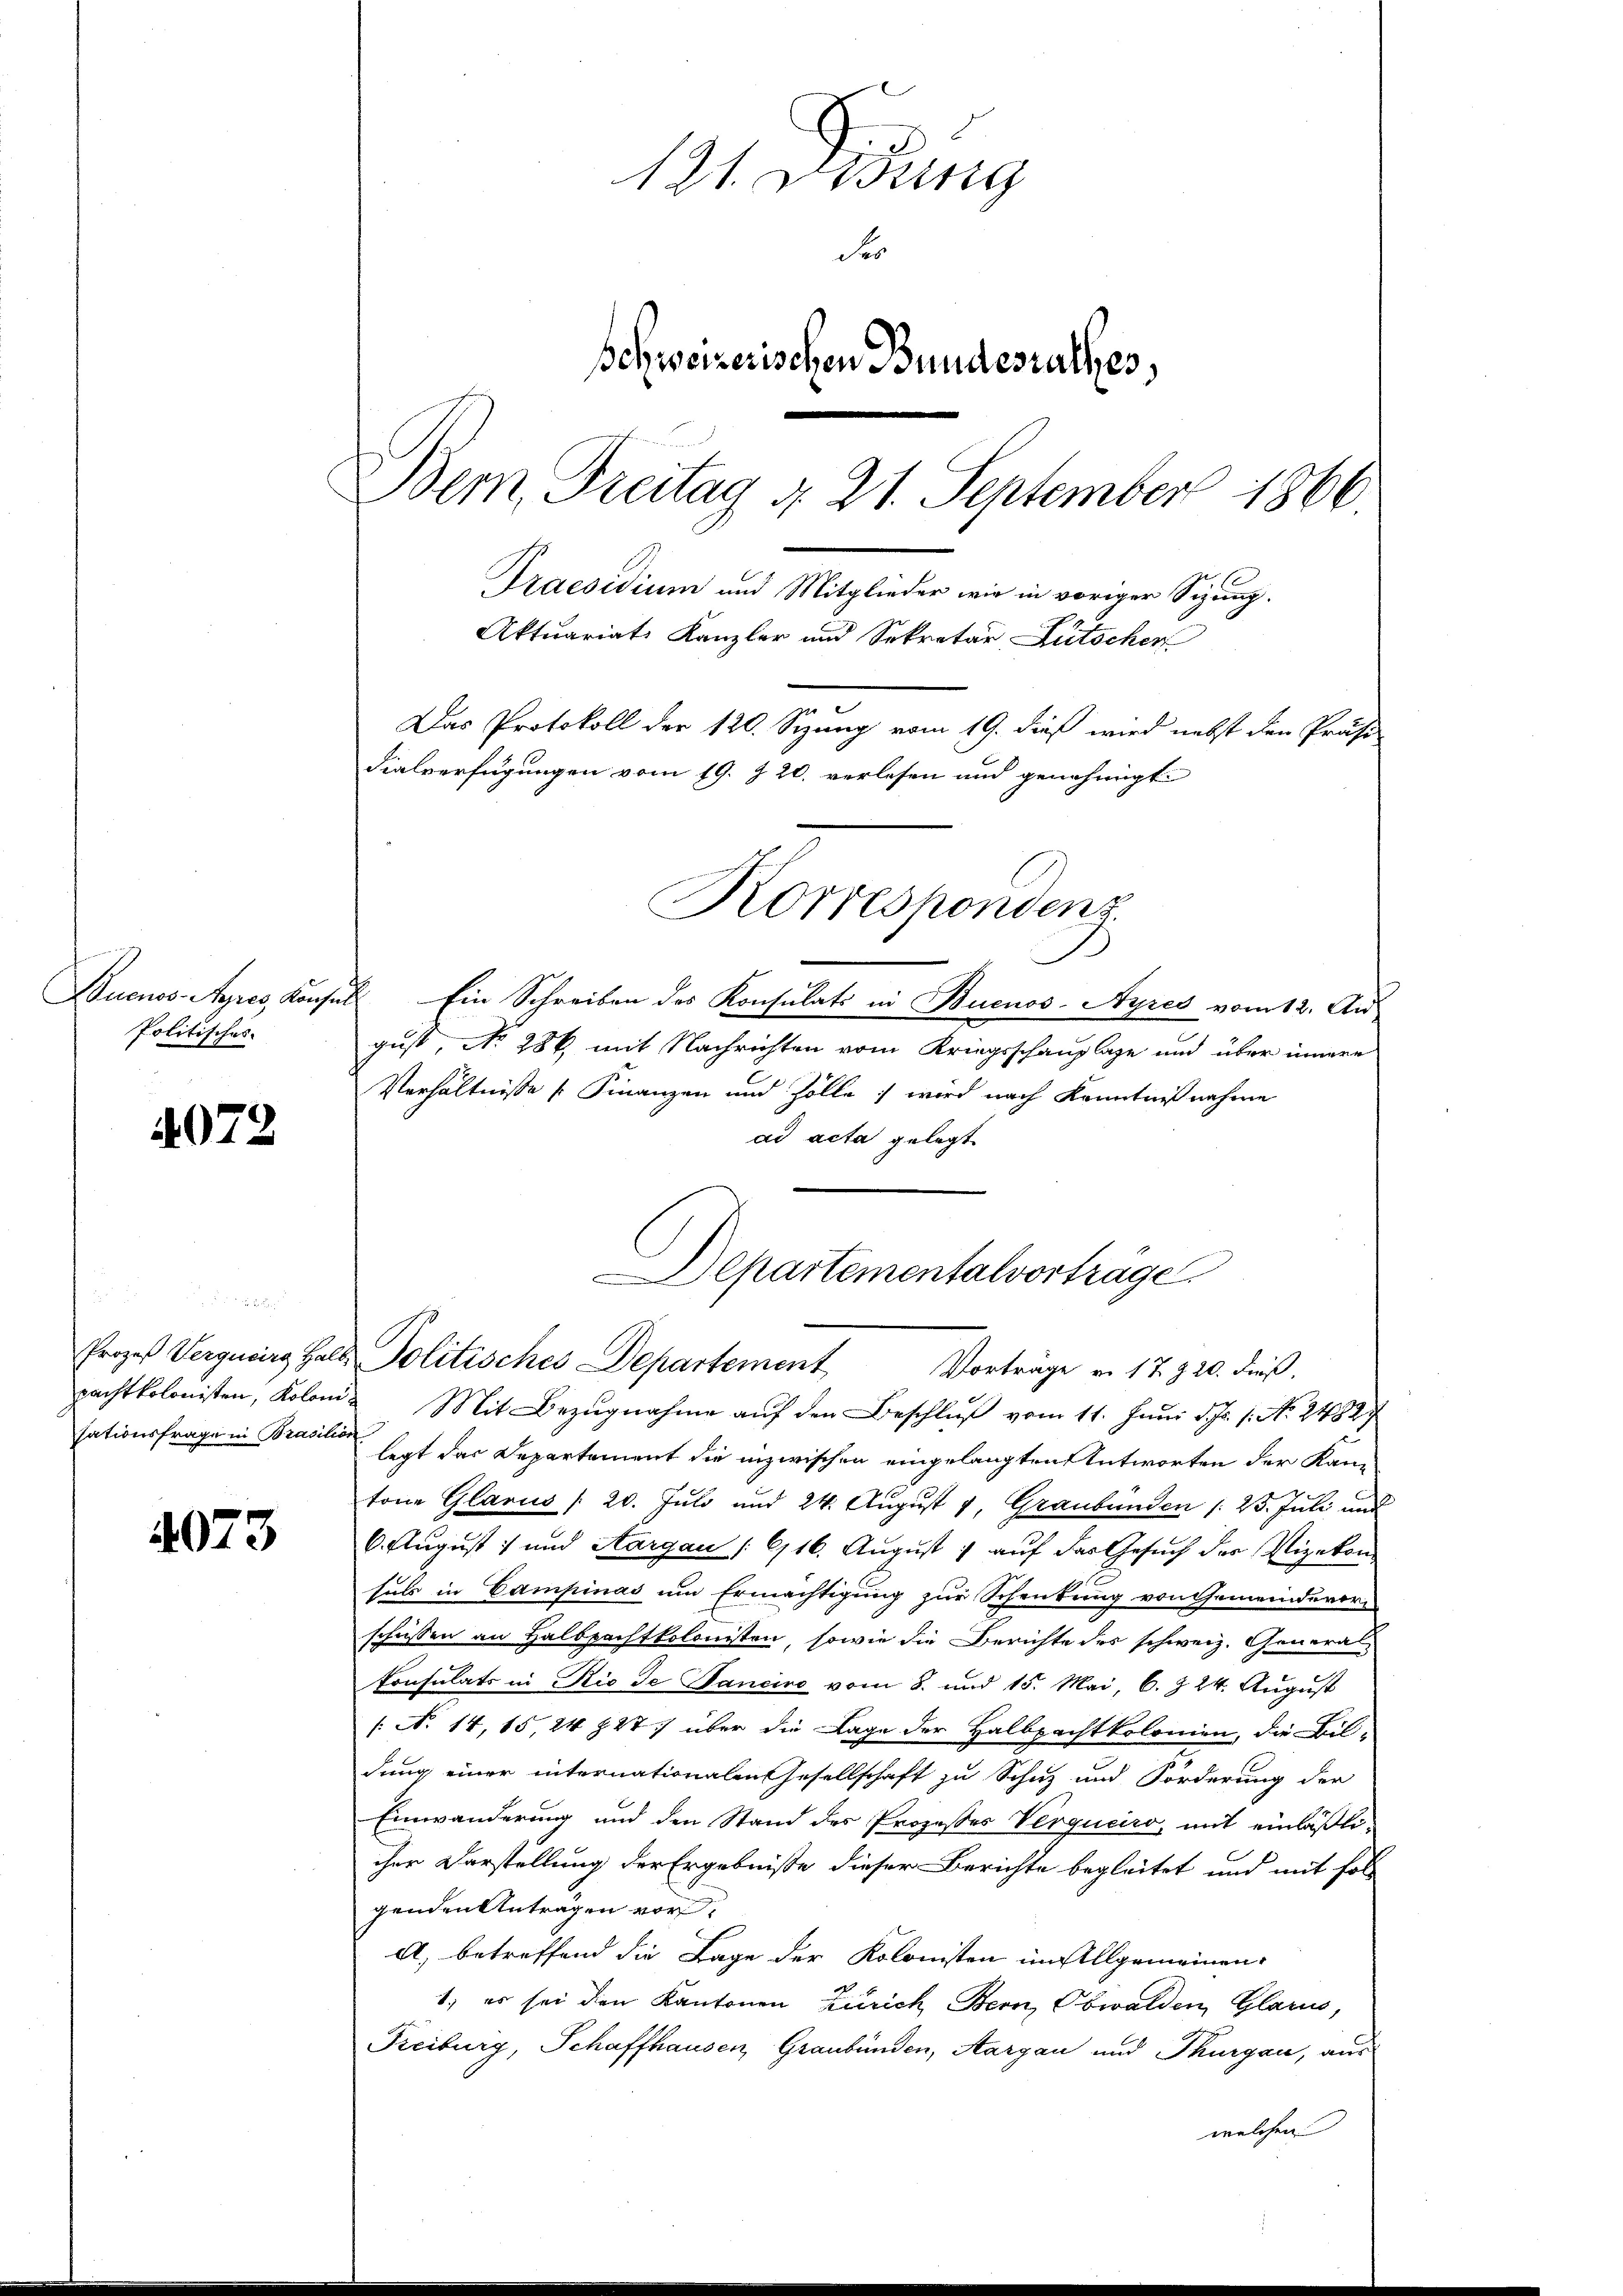
Politisches.

4072

Prozeß Vergueirg Halt
pachtkolonisten, Kolom
sationsfrage in Brasili

4073

121. Visung
de
Schweizerischen Bundesrathes,
Bem Freitag d. 21. September 1866.
Praesidium und Mitglieder wir in voriger Sizung.
Aktuariats Kanzler und Sekretär Lütscher
Das Protokoll der 120. Sizung vom 19. dieß wird nebst den Präsi-
Fialverfügungen vom 19. Z. 20. verlesen und genehmigt:

Korrespondenz

Buenos-Ayres Konsul Ein Schreiben des Konsulats in Buenos-Ayres vom 12. August, No 286. mit Nachrichten vom Kriegsschauplage und über innere
Verhältnisse Finanzen und Zolle: wird nach Kenntnißnahme
ad acta gelegt.
Mit Bezŭgnahme aŭf den Beschluß vom 11. Juni d. Js. 1. No. 2482
legt das Departement die inzwischen eingelangten Antworten der Kantone Glarus (20. Juli und 24. August 1, Graubünden /: 25. Juli und
6. August) und Aargau (616. Aŭgŭst : aŭf das Gesŭch der Vizekon
suls in Campinas um Ermächtigung zur Schenkung von Gemeindevorschüssen an Halbpachtkolonisten, sowie die Berichte des schweiz. General-
konsulats in Rio de Sancire vom 8. und 15. Mai, 6. § 24. August
/: No 14, 15, 24 § 27 über die Lage der Halbpachtkolonien, die Bil-
dung einer internationalen Gesellschaft zu Schuz und Forderung der
Einwanderung und den Stand des Prozesses Verguciro, mit einläßli
cher Darstellung der Ergebniße dieser Berichte begleitet und mit folgenden Anträgen vor¬
A. betreffend die Lage der Kolonisten im Allgemeinen-
1. es sei dien Kantonen Zürich Bern, Obwalden Glarus,
Freiburg, Schaffhausen, Graubünden, Aargau und Thurgau, aus
welchen

Departementalverträge
Politisches Departement
Vorträge a. 17. 320. dieß.